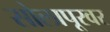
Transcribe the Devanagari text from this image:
सोलापूरवर